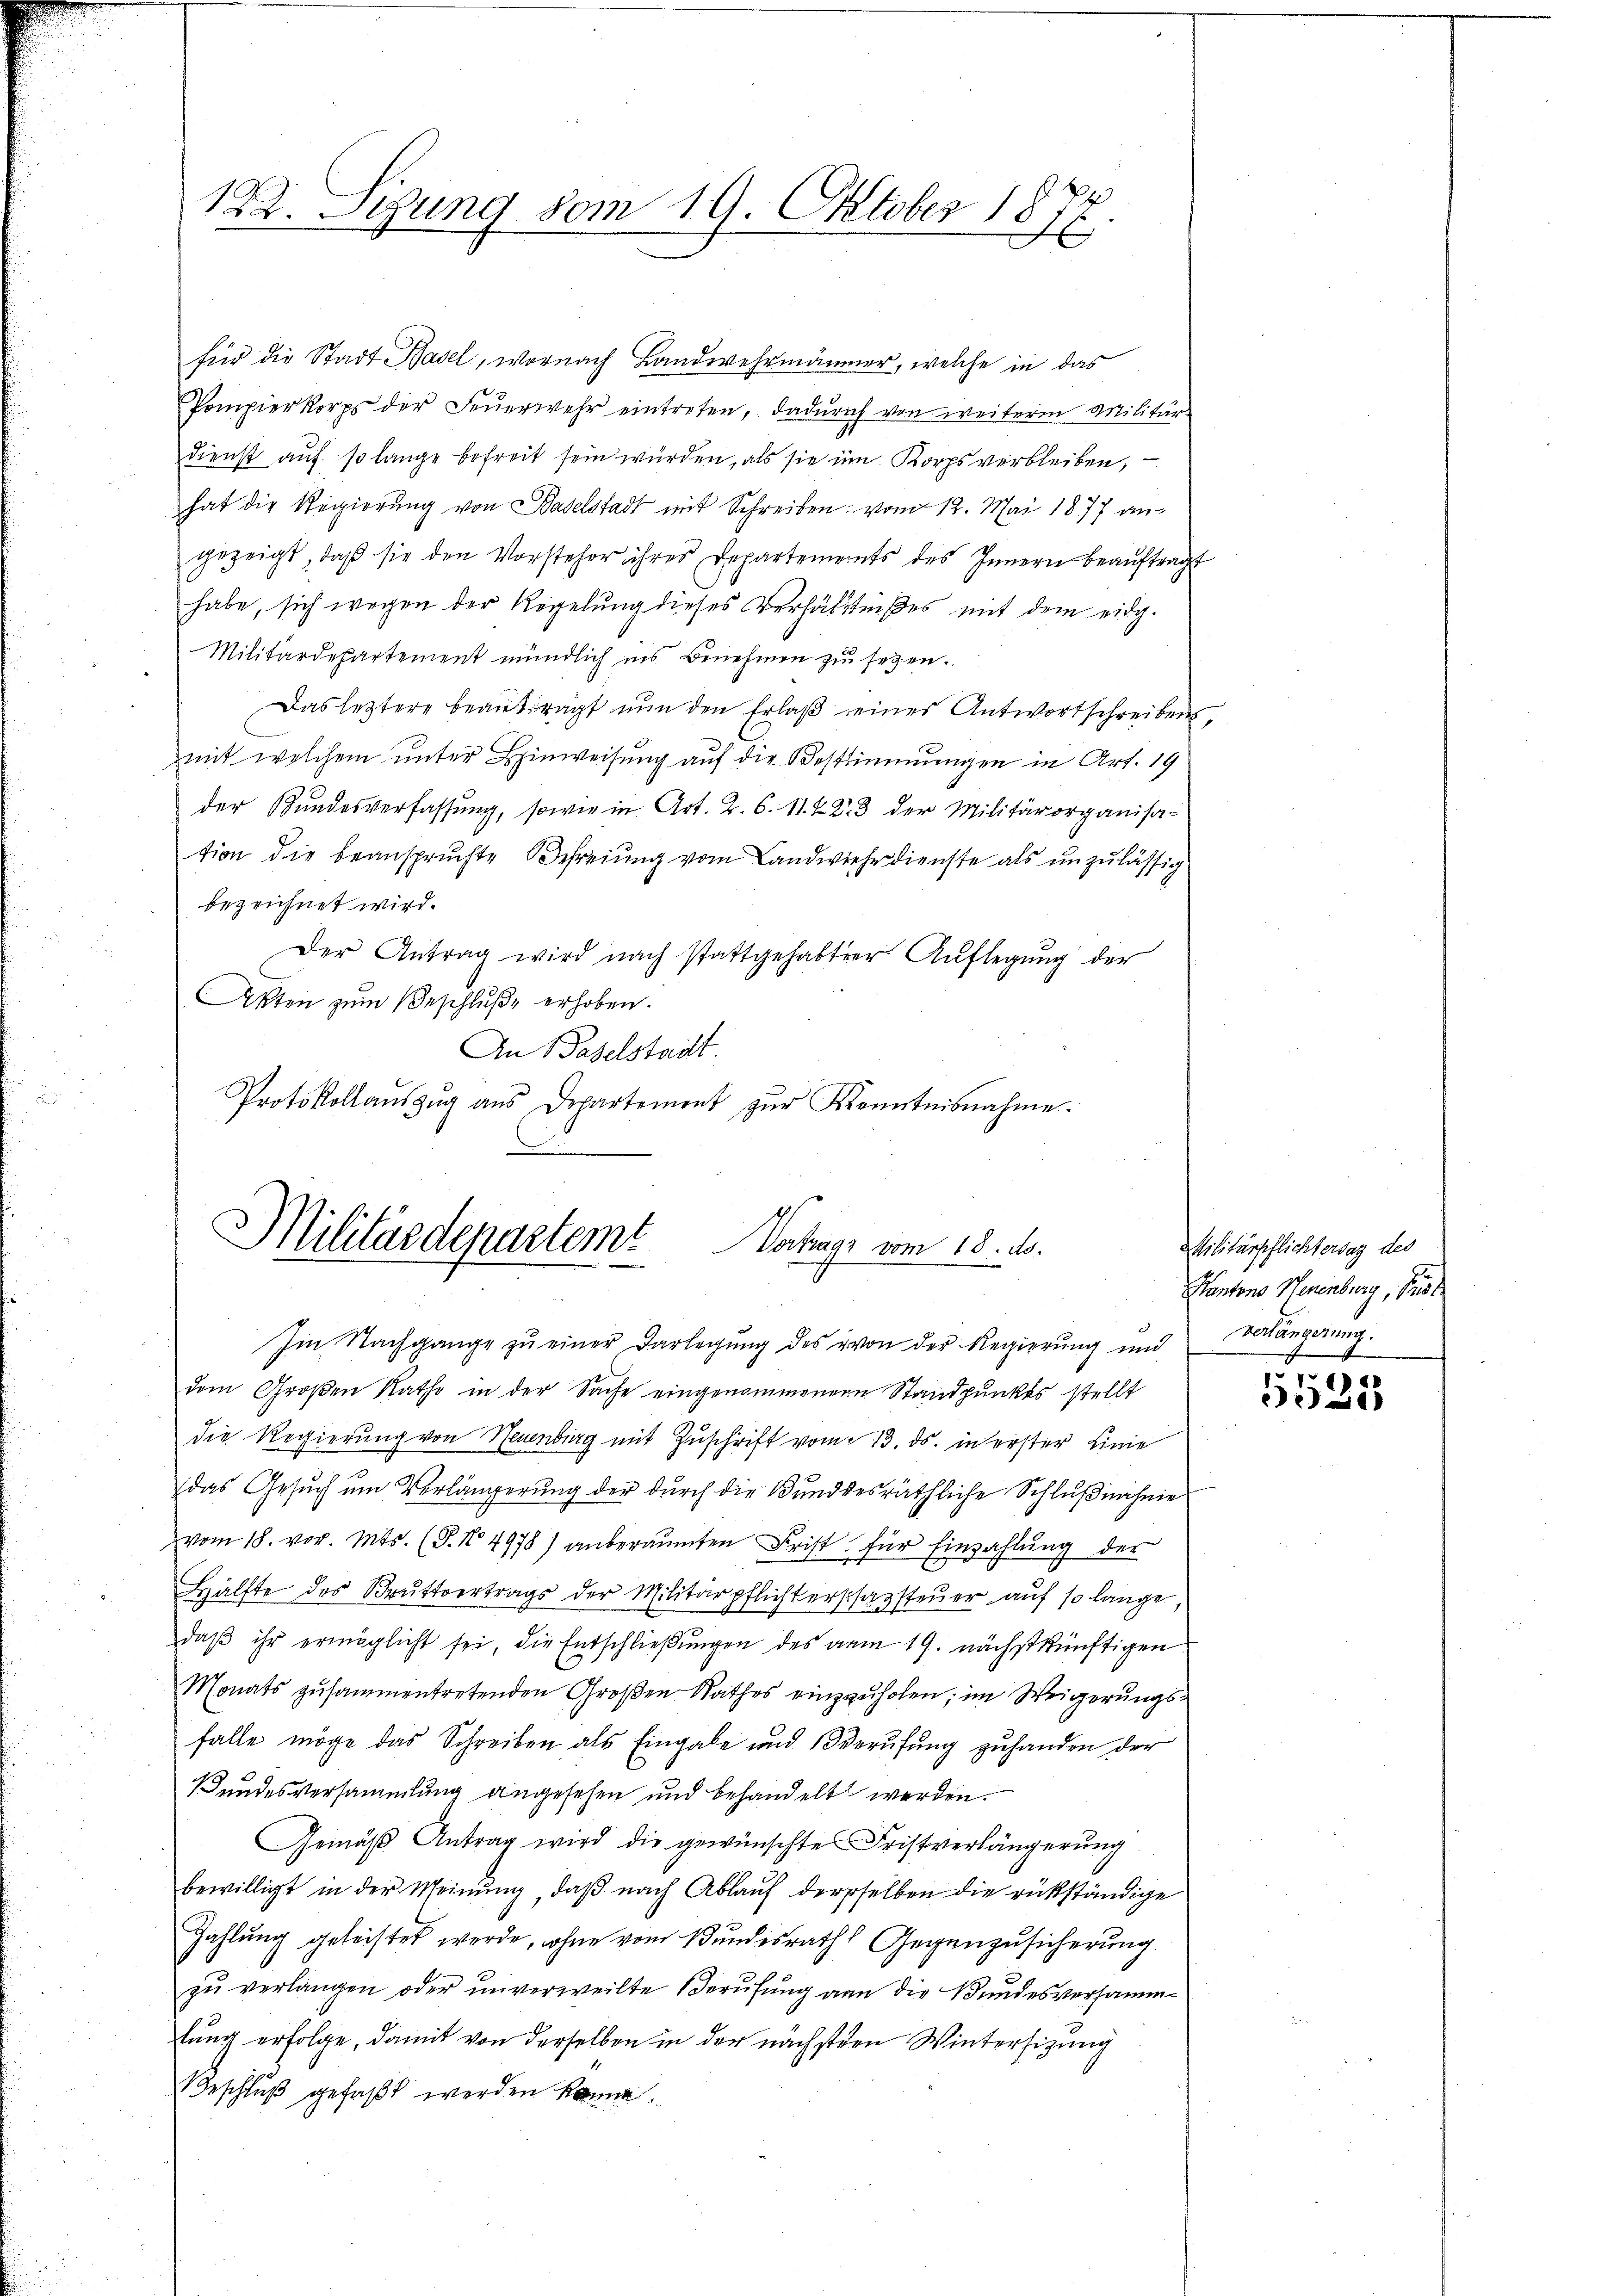
122. Sitzung vom 19. Oktober 1877

für die Stadt Basel, wornach Landwehrmänner, welche in das
Pompierkorps der Feŭerwehr eintreten, dadŭrch von weiterm Militär-
dienst auf so lange befreit sein würden, als sie im Korps verbleiben,
hat die Regierŭng von Baselstadt mit Schreiben: vom 12. Mai 1877 angezeigt, daß sie den Vorsteher ihres Departements des Innern beaŭftragt
habe, sich wegen der Regelung dieses Verhältnißes mit dem eidg.
Militärdepartement mündlich ins Benehmen zu setzen.
Das leztere beanträgt nŭn den Erlaβ eines Antwortschreibens,
mit welchem unter Hinweisung auf die Bestimmungen in Art. 19
der Bŭndesverfassŭng, sowie in Art. 2. 6. 11. 423 der Militärorganisa-
tion die beanspruchte Befreiung vom Landwehrdienste als unzulässig
bezeichnet wird.
Der Antrag wird nach stattgehabter Aŭflegŭng der
Akten zum Beschluße erhoben.
An Baselstadt.
Protokollaŭszŭg aŭs Departement zŭr Kenntnisnahme.

Militärdepartemt
Vortrags vom 18. ds.
e
Im Nachgange zŭ einer Darlegŭng des von der Regierŭng und verlängerung

dem Großen Rathe in der Sache eingenommener Standpunktes stellt
die Regierung von Neuenburg mit Zuschrift vom 13. ds. in erster Linie
das Gesŭch ŭm Verlängerŭng der dŭrch die Bŭndesräthliche Schlŭβinihnie
vom 18. vor. Mts. (T. No. 4978) anberamten Frist für Einzahlŭng der
Hälfte des Brŭttvertrags der Militärpflichterschazsteuer auf so lange
daβ ihr ermöglicht sei, die Entschließungen des vom 19. nächstkünftigen
Monats zusammentretenden Großen Rathes einzŭholen; im Weigerungsfalle möge das Schreiben als Eingabe und Berufung zuhanden der
Bundesversammlung angesehen und behandelt werden.
Gemäß Antrag wird die gewünschte Fristverlängerung
bewilligt in der Meinŭng, daβ nach Ablaŭf derselben die rükständige
Zahlung geleistet werde, ohne vom Bundesrath Gegenzusicherung
zu verlangen oder unverweilte Berufung von die Bundesversammlung erfolge, damit von derselben in der nächsteen Wintersitzung
Beschluß gefaßt werden könne.

Militärpflichtersaz des
Kantons Neuenburg, Pri

5525